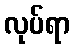
လုပ်ရာ